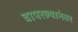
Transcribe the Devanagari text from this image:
वापरल्यानंतर